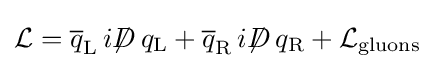
{\mathcal {L}}={\overline {q}}_{\rm {L}}\,i\displaystyle {\not }D\,q_{\rm {L}}+{\overline {q}}_{\rm {R}}\,i\displaystyle {\not }D\,q_{\rm {R}}+{\mathcal {L}}_{\mathrm {gluons} }~